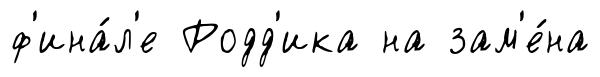
ф'ина́л'е Родд'ика на зам'е́на